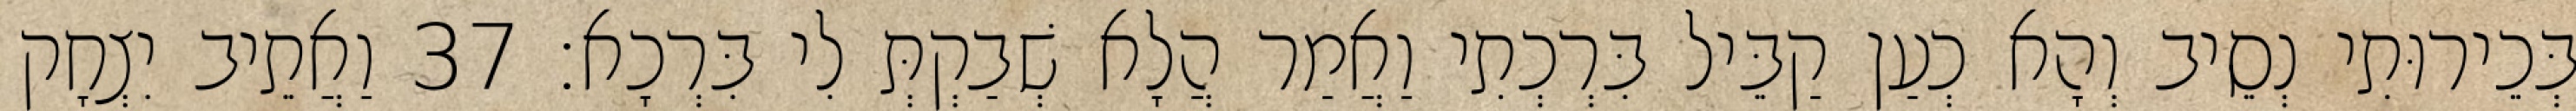
בְּכֵירוּתִי נְסֵיב וְהָא כְעַן קַבֵּיל בִּרְכְתִי וַאֲמַר הֲלָא שְׁבַקְתְּ לִי בִּרְכָא׃ 37 וַאֲתֵיב יִצְחָק